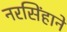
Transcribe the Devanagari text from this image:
नरसिंहाने